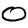
Digit: 0